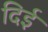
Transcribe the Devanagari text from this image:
दिई